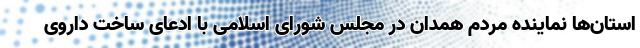
استان‌ها نماینده مردم همدان در مجلس شورای اسلامی با ادعای ساخت داروی